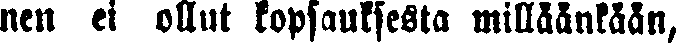
nen ei ollut kopsauksesta milläänkään,